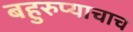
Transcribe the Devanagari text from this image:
बहुरुप्याचाच